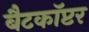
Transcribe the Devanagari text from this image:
बैटकाॅप्टर